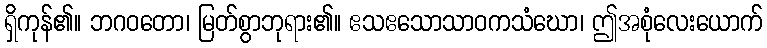
ရှိကုန်၏။ ဘဂဝတော၊ မြတ်စွာဘုရား၏။ ဧသဧသောသာဝကသံဃော၊ ဤအစုံလေးယောက်